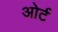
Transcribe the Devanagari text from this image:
ओर्ट